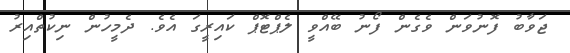
ޖަވާބު ފޮނުވަން ވެގެން ފޯނު ބޭއްވީ ލެޕްޓޮޕް ކައިރީގަ އެވެ. ދެމީހުން ނިކުތްއިރު